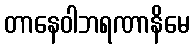
တာနေဝါဘရဏာနိမေ